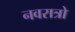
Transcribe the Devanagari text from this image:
नवरात्रो